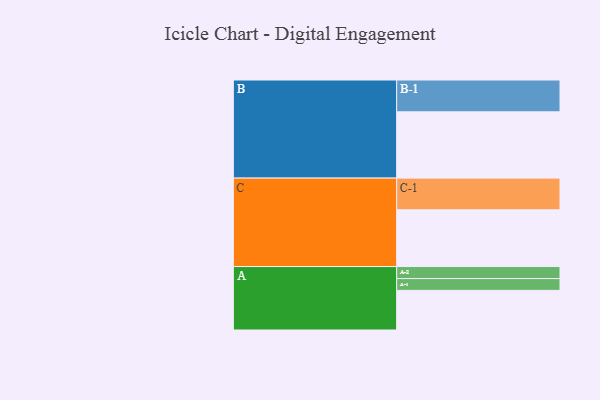
{"axis": {"x": "Segment", "y": "Value"}, "legend": ["", "A", "B", "C"], "data": [{"x": "A", "y": 336, "type": ""}, {"x": "B", "y": 562, "type": ""}, {"x": "C", "y": 481, "type": ""}, {"x": "A-1", "y": 100, "type": "A"}, {"x": "A-2", "y": 102, "type": "A"}, {"x": "B-1", "y": 270, "type": "B"}, {"x": "C-1", "y": 269, "type": "C"}]}